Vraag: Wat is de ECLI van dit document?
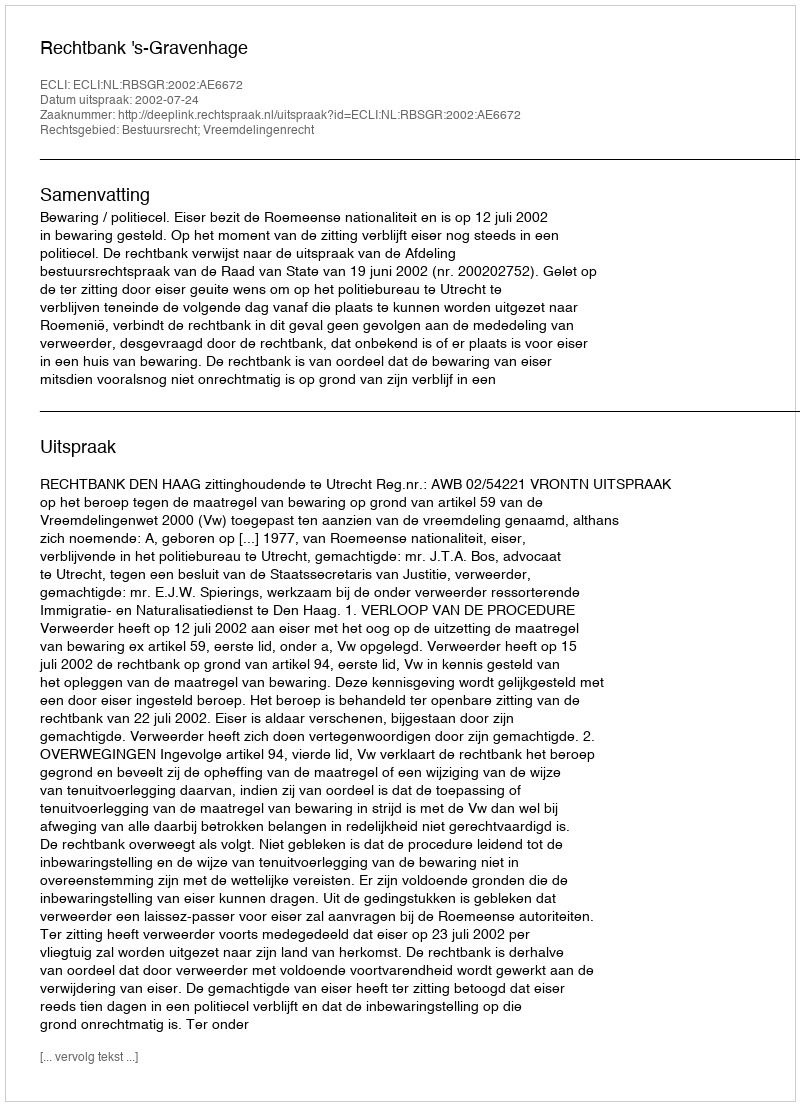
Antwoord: ECLI:NL:RBSGR:2002:AE6672